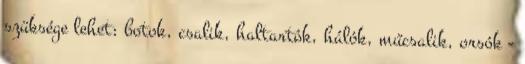
szüksége lehet: botok, csalik, haltartók, hálók, műcsalik, orsók -